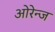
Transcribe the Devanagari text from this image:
ओरेन्ज